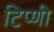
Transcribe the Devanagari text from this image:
टिप्णी